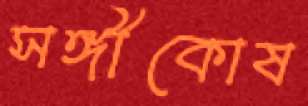
সঙ্গীকোষ